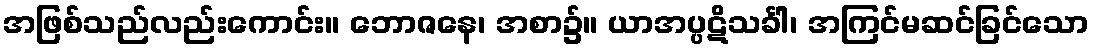
အဖြစ်သည်လည်းကောင်း။ ဘောဇနေ၊ အစာ၌။ ယာအပ္ပဋိသင်္ခါ၊ အကြင်မဆင်ခြင်သော